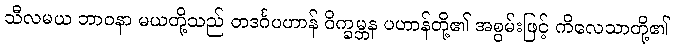
သီလမယ ဘာဝနာ မယတို့သည် တဒင်္ဂပဟာန် ဝိက္ခမ္ဘန ပဟာန်တို့၏ အစွမ်းဖြင့် ကိလေသာတို့၏